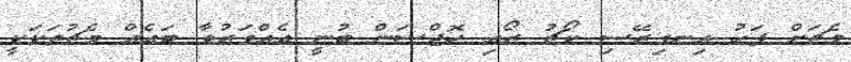
މެޗަށް ފަހު އިނގިރޭސި ކޯޗު ރޯއި ހޮޖްސަން ބުނީ އެއްވަރުވާ ބައެއް މެޗުތަކަކީ